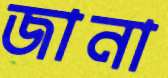
জানা